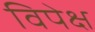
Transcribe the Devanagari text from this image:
विपेक्ष